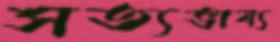
সত্যভাষ্য